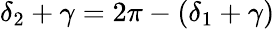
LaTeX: \delta_{2}+\gamma=2\pi-(\delta_{1}+\gamma)